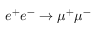
e ^ { + } e ^ { - } \to \mu ^ { + } \mu ^ { - }